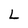
Character: L